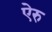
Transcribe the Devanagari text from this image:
ऐरु